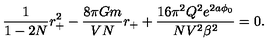
\frac { 1 } { 1 - 2 N } r _ { + } ^ { 2 } - \frac { 8 \pi G m } { V N } r _ { + } + \frac { 1 6 \pi ^ { 2 } Q ^ { 2 } e ^ { 2 a \phi _ { 0 } } } { N V ^ { 2 } \beta ^ { 2 } } = 0 .